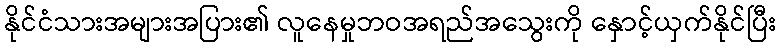
နိုင်ငံသားအများအပြား၏ လူနေမှုဘဝအရည်အသွေးကို နှောင့်ယှက်နိုင်ပြီး